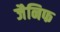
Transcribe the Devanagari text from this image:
जैनिफ